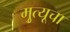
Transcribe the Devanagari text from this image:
मृुत्यूचा